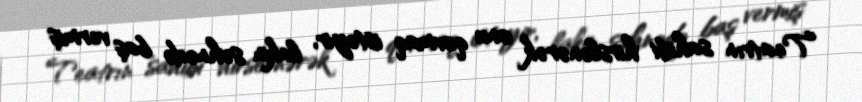
Teatrın sahibi hirslənərək onu qovmaq istəyir, lakin səhnədə baş vermiş